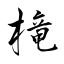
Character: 槞